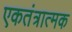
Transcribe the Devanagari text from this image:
एकतंत्रात्मक